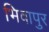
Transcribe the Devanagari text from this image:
भिवापुर